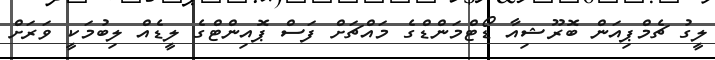
ލީގު ޗެމްޕިއަން ބޮރޫޝިއާ ޑޯޓްމަންޑްގެ މައްޗަށް ފަސް ޕޮއިންޓްގެ ލީޑެއް ލިބުމަކީ ވަރަށް